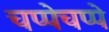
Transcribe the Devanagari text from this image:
चप्पेचप्पे